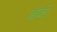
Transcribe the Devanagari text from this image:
ओजो